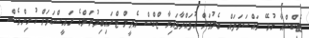
ޓެކްސްއާ ގުޅޭ މައްސަލަތައް ބެލުމަށް އުފައްދާފައިވާ ޓްކްސް އެޕީލް ޓްރައިބިލުނަލްގެ ރައީސްކަމަށް ކުރިންވެސް